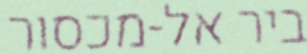
ביר אל-מכסור